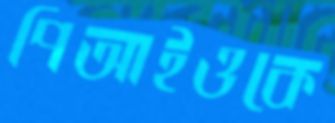
পিআইওকে